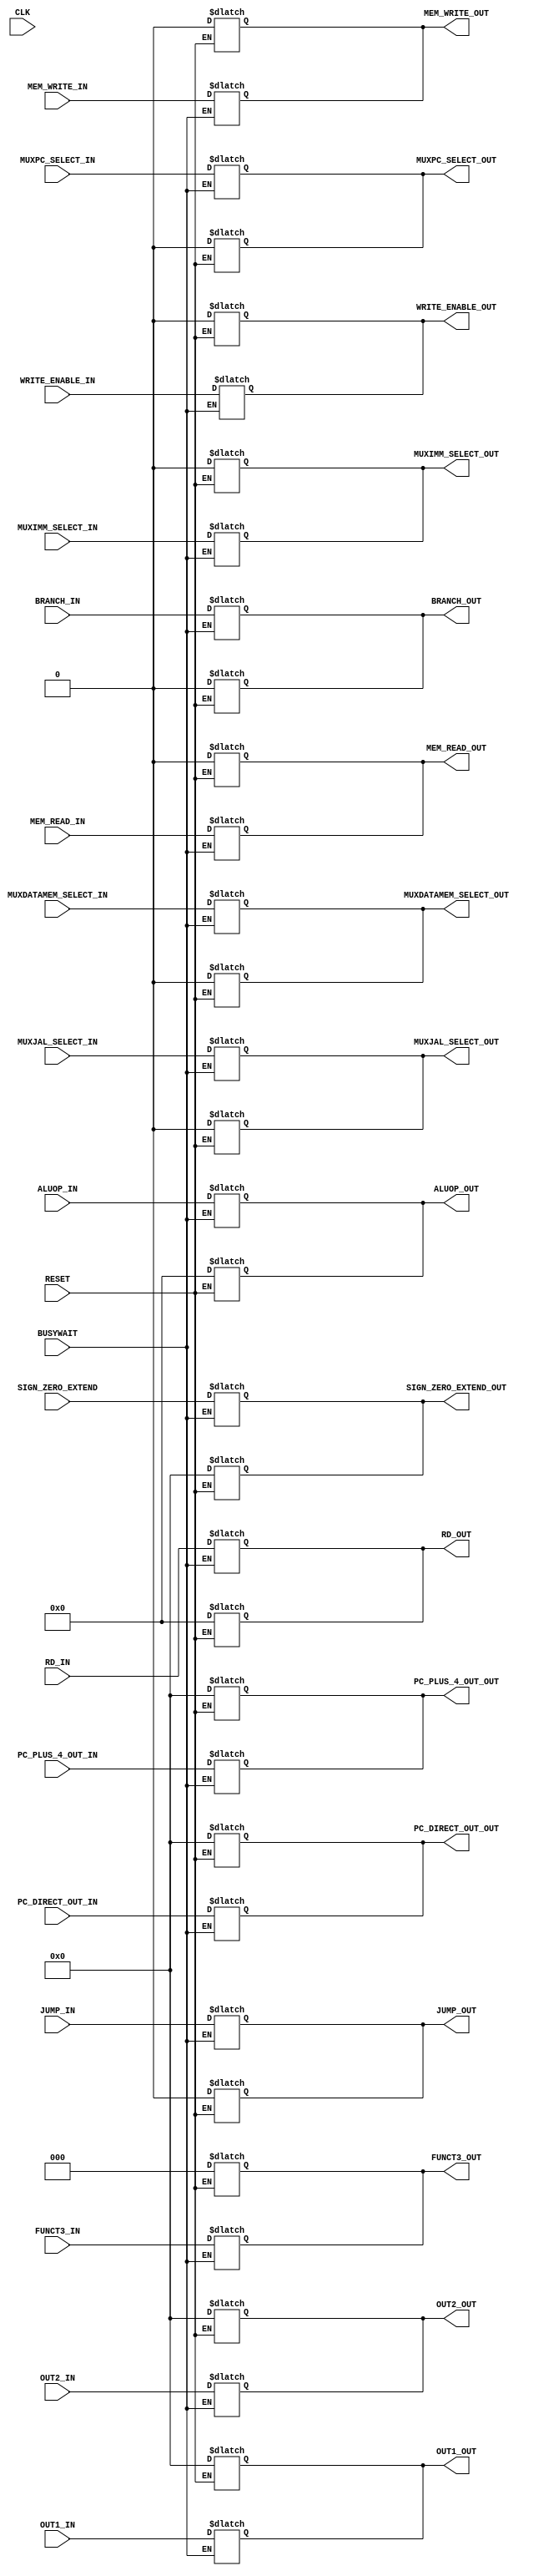
module ID_EX_register(
	CLK,
	RESET,
	WRITE_ENABLE_IN,
	MUXDATAMEM_SELECT_IN,
	MEM_READ_IN,
	MEM_WRITE_IN,
	MUXJAL_SELECT_IN,
	ALUOP_IN,
	MUXIMM_SELECT_IN,
	MUXPC_SELECT_IN,
	BRANCH_IN,
	JUMP_IN,
	PC_DIRECT_OUT_IN,
	SIGN_ZERO_EXTEND,
	PC_PLUS_4_OUT_IN,
	OUT1_IN,
	OUT2_IN,
	RD_IN,
	FUNCT3_IN,
	WRITE_ENABLE_OUT,
	MUXDATAMEM_SELECT_OUT,
	MEM_READ_OUT,
	MEM_WRITE_OUT,
	MUXJAL_SELECT_OUT,
	ALUOP_OUT,
	MUXIMM_SELECT_OUT,
	MUXPC_SELECT_OUT,
	BRANCH_OUT,
	JUMP_OUT,
	PC_DIRECT_OUT_OUT,
	SIGN_ZERO_EXTEND_OUT,
	PC_PLUS_4_OUT_OUT,
	OUT1_OUT,
	OUT2_OUT,
	RD_OUT,
	FUNCT3_OUT,
	BUSYWAIT
);
	
	//port declarations
	input CLK, RESET, WRITE_ENABLE_IN, MUXDATAMEM_SELECT_IN, MEM_READ_IN, MEM_WRITE_IN, MUXJAL_SELECT_IN, MUXIMM_SELECT_IN, MUXPC_SELECT_IN, BRANCH_IN, JUMP_IN, BUSYWAIT;
	input [2:0] FUNCT3_IN;
	input [4:0] ALUOP_IN, RD_IN;
	input [31:0] PC_DIRECT_OUT_IN, SIGN_ZERO_EXTEND, PC_PLUS_4_OUT_IN, OUT1_IN, OUT2_IN;
	
	output reg WRITE_ENABLE_OUT, MUXDATAMEM_SELECT_OUT, MEM_READ_OUT, MEM_WRITE_OUT, MUXJAL_SELECT_OUT, MUXIMM_SELECT_OUT, MUXPC_SELECT_OUT, BRANCH_OUT, JUMP_OUT;
	output reg [2:0] FUNCT3_OUT;
	output reg [4:0] ALUOP_OUT, RD_OUT;
	output reg [31:0] PC_DIRECT_OUT_OUT, SIGN_ZERO_EXTEND_OUT, PC_PLUS_4_OUT_OUT, OUT1_OUT, OUT2_OUT;
	
	
	// reset the registers
	always @ (*) begin
        if (RESET) begin
			#1
			WRITE_ENABLE_OUT = 1'd0; 
			MUXDATAMEM_SELECT_OUT = 1'd0; 
			MEM_READ_OUT = 1'd0; 
			MEM_WRITE_OUT = 1'd0; 
			MUXJAL_SELECT_OUT = 1'd0; 
			MUXIMM_SELECT_OUT = 1'd0; 
			MUXPC_SELECT_OUT = 1'd0; 
			BRANCH_OUT = 1'd0; 
			JUMP_OUT = 1'd0; 
			
			FUNCT3_OUT = 3'd0;
			
			ALUOP_OUT = 5'd0;
			RD_OUT = 5'd0;
			
			PC_DIRECT_OUT_OUT = 32'd0;
			SIGN_ZERO_EXTEND_OUT = 32'd0;
			PC_PLUS_4_OUT_OUT = 32'd0;
			OUT1_OUT = 32'd0;
			OUT2_OUT = 32'd0;
		end
	end
	
	
	// input data tranmits to outputs at the positive edge of the clock
	// At this moment, reset must be low
	// Assignments to outputs happen simultaneously
		always @ (*) begin
        if (BUSYWAIT == 1'b0 ) begin
			#2
			WRITE_ENABLE_OUT <= WRITE_ENABLE_IN;
			MUXDATAMEM_SELECT_OUT <= MUXDATAMEM_SELECT_IN;
			MEM_READ_OUT <= MEM_READ_IN;
			MEM_WRITE_OUT <= MEM_WRITE_IN;
			MUXJAL_SELECT_OUT <= MUXJAL_SELECT_IN;
			MUXIMM_SELECT_OUT <= MUXIMM_SELECT_IN;
			MUXPC_SELECT_OUT <= MUXPC_SELECT_IN;
			BRANCH_OUT <= BRANCH_IN;
			JUMP_OUT <= JUMP_IN;
			
			FUNCT3_OUT <= FUNCT3_IN;
			
			ALUOP_OUT <= ALUOP_IN;
			RD_OUT <= RD_IN;
			
			PC_DIRECT_OUT_OUT <= PC_DIRECT_OUT_IN;
			SIGN_ZERO_EXTEND_OUT <= SIGN_ZERO_EXTEND;
			PC_PLUS_4_OUT_OUT <= PC_PLUS_4_OUT_IN;
			OUT1_OUT <= OUT1_IN;
			OUT2_OUT <= OUT2_IN;
		
		
		end
	end

endmodule